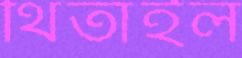
থিতাইল